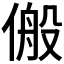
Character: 𬿆